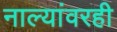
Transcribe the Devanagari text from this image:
नाल्यांवरही